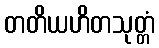
တတိယဟိတသုတ္တံ